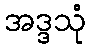
အဒ္ဒသုံ